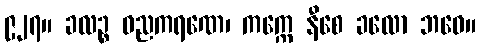
၉၂၇။ ခလဉ္စ ဓညကရဏေ၊ ကက္ကေ နီစေ ခလော ဘဝေ။